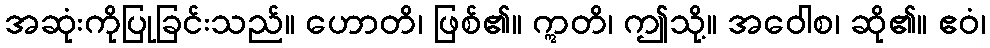
အဆုံးကိုပြုခြင်းသည်။ ဟောတိ၊ ဖြစ်၏။ ဣတိ၊ ဤသို့။ အဝေါစ၊ ဆို၏။ ဧဝံ၊